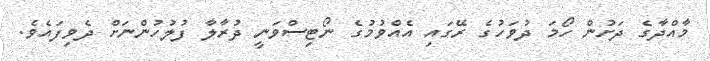
މާއްދާގެ ދަށުން ހޯމަ ދުވަހުގެ ރޭގައި އެއްވުމުގެ ނޯޓިސްވަނީ ދުރާލާ ފުލުހުންނަށް ދެވިފައެވެ.